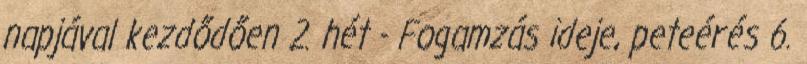
napjával kezdődően 2. hét - Fogamzás ideje, peteérés 6.